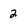
Character: 2